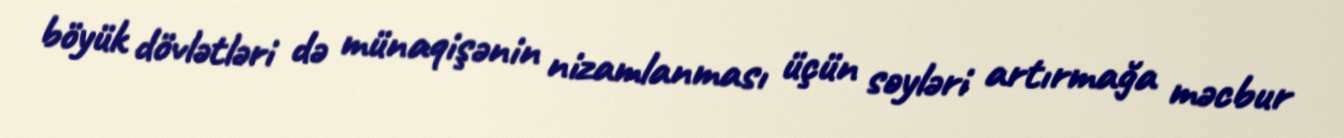
böyük dövlətləri də münaqişənin nizamlanması üçün səyləri artırmağa məcbur